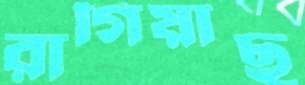
রাগিয়াছ